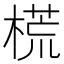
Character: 𣗄